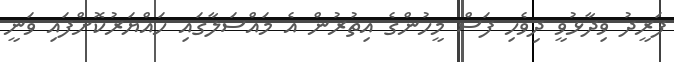
ފަރީދު ވިދާޅުވީ ދިވެހި ފަސް މީހުންގެ އިތުރުން އެ މައްސަލާގައި ހައްޔަރުކޮށްފައި ވަނީ